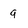
Character: q